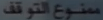
متنوع التوفيق